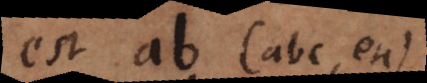
est ab (abc etc.)